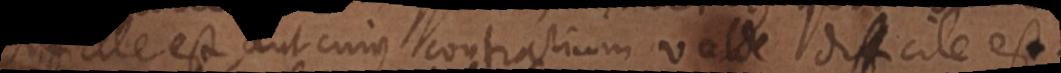
difficile est, aut cujus contrarium valde difficile est.